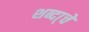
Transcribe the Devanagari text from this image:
शब्दा्चे